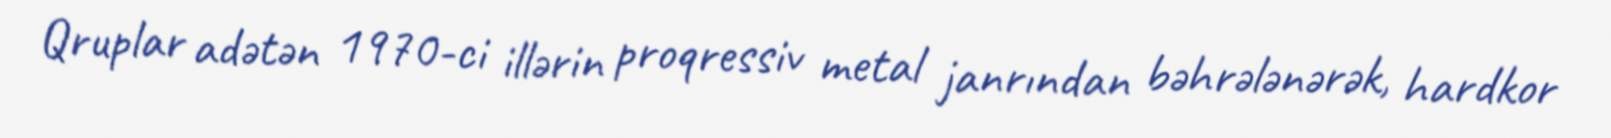
Qruplar adətən 1970-ci illərin proqressiv metal janrından bəhrələnərək, hardkor